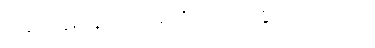
တစ်သိန်းဝန်းကျင်အထိသာ ပေးနိုင်ကြပါတယ်။